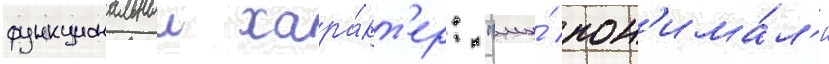
функциональныи хара́кт'ер: "мы́ пон'има́л'и